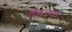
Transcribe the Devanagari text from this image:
क्यच्चा